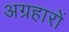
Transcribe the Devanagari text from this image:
अग्रहारों